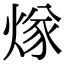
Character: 煫